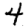
Digit: 4